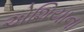
એશિયાના